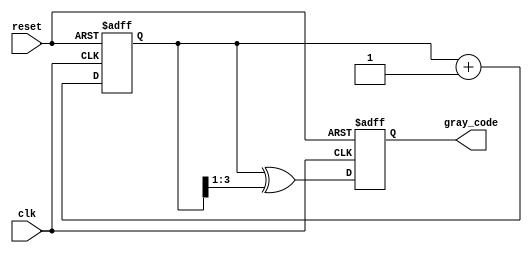
module gray_code_counter (
    input wire clk,              // Clock signal
    input wire reset,            // Asynchronous reset signal
    output reg [n-1:0] gray_code // Gray code output
);

parameter n = 4; // Number of bits for the counter

reg [n-1:0] binary_count; // Internal binary counter

// Binary to Gray code conversion function
function [n-1:0] binary_to_gray;
    input [n-1:0] binary;
    begin
        binary_to_gray = binary ^ (binary >> 1);
    end
endfunction

// Sequential logic for the binary counter and Gray code output
always @(posedge clk or posedge reset) begin
    if (reset) begin
        binary_count <= 0;       // Reset the binary counter to zero
        gray_code <= 0;          // Reset Gray code output to zero
    end else begin
        binary_count <= binary_count + 1; // Increment binary counter
        gray_code <= binary_to_gray(binary_count); // Update Gray code output
    end
end

endmodule